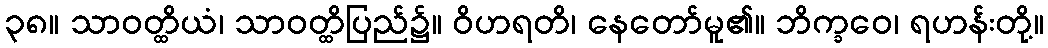
၃၈။ သာဝတ္ထိယံ၊ သာဝတ္ထိပြည်၌။ ဝိဟရတိ၊ နေတော်မူ၏။ ဘိက္ခဝေ၊ ရဟန်းတို့။